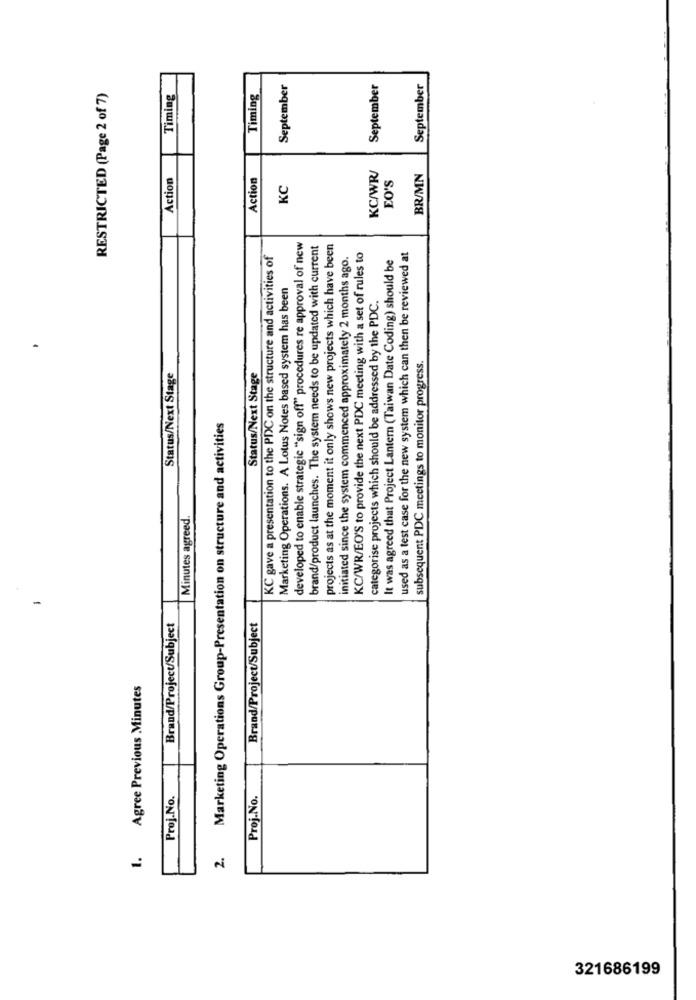
Timing
September
September
September
RESTRICTED (Page 2 of 7)
Timing
KC/WR/
Action
Action
EO'S
BR/MN
KC
developed to enable strategie "sign off" procedures re approval of new
brand/product launches. The system needs to be updated with current
projects as at the moment it only shows new projects which have been
KC gave a presentation to the PDC on the structure and activities of
initiated since the system commenced approximately 2 months ago.
KC/WR/EO'S to provide the next PDC meeting with a set of rules to
It was agreed that Project Lantern (Taiwan Date Coding) should be
used as a test case for the new system which can then be reviewed at
Marketing Operations. A Lotus Notes based system has been
categorise projects which should be addressed by the PDC.
subsequent PDC meetings to monitor progress.
Status/Next Stage
Status/Next Stage
2. Marketing Operations Group-Presentation on structure and activities
Minutes agreed.
Brand/Project/Subject
Brand/Project/Subject
Agree Previous Minutes
Proj.No.
Proj.No.
321686199